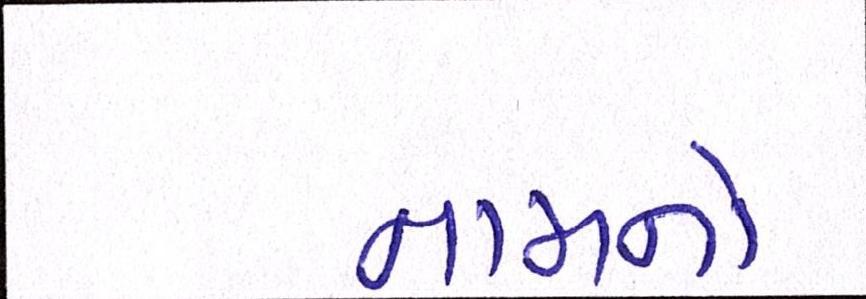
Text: નામનો